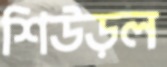
শিউড়ল